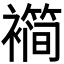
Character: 𬡱